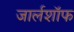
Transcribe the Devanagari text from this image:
जार्लशॉफ